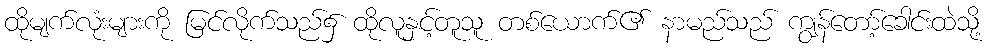
ထိုမျက်လုံးများကို မြင်လိုက်သည်၌ ထိုလူနှင့်တူသူ တစ်ယောက်၏ နာမည်သည် ကျွန်တော့်ခေါင်းထဲသို့